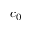
c _ { 0 }